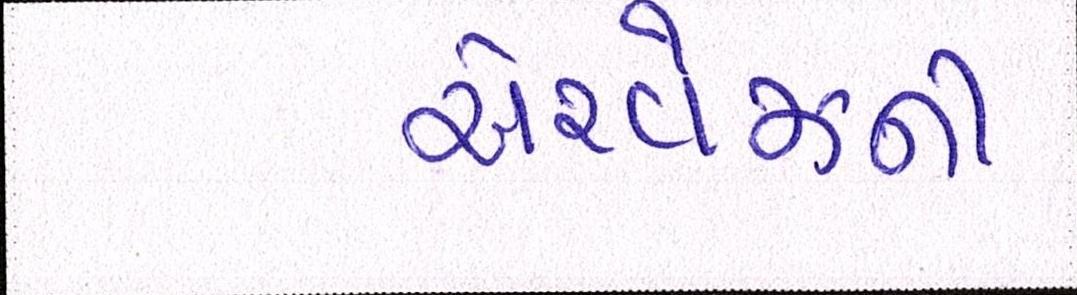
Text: એરવેઝની